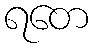
ရတေ